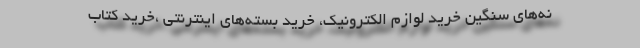
نه‌های سنگین خرید لوازم الکترونیک، خرید بسته‌های اینترنتی ،خرید کتاب